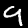
Digit: 9